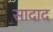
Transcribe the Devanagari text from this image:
सादाद